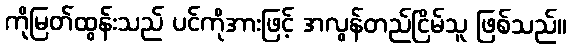
ကိုမြတ်ထွန်းသည် ပင်ကိုအားဖြင့် အလွန်တည်ငြိမ်သူ ဖြစ်သည်။